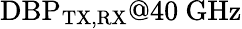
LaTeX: \mathrm{DBP}_{\mathrm{TX,RX}}@40~\mathrm{GHz}